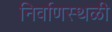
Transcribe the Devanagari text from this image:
निर्वाणस्थळी